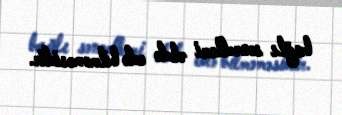
bağlı sənədləri əldə edə bilməməsidir.